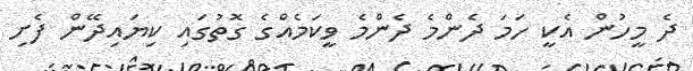
ދެ މީހުން އެކީ ހަމަ ދެންމެ ދެންމެ ވީކަމެއްގެ ގޮތުގައި ކިޔައިދޭން ފެށި